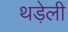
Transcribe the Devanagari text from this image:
थड़ेली